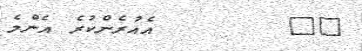
٢٨        އެއުރެންކުރެ އެންމެ